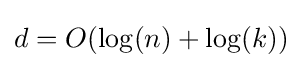
d=O(\log(n)+\log(k))